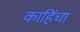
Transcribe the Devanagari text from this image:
काहिंचा